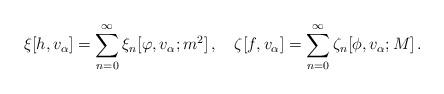
LaTeX: \begin{align*}\xi[h,v_{\alpha}] = \sum_{n=0}^{\infty} \xi_{n}[\varphi ,v_{\alpha};m^{2}]\, ,\quad \zeta[f,v_{\alpha}] = \sum_{n=0}^{\infty} \zeta_{n}[\phi,v_{\alpha};M]\, .\end{align*}